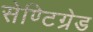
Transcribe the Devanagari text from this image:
सेण्टिग्रेड